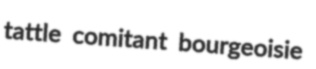
tattle comitant bourgeoisie